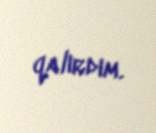
qalırdım.